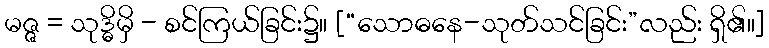
မဇ္ဇ = သုဒ္ဓိမှိ - စင်ကြယ်ခြင်း၌။ [“သောဓနေ-သုတ်သင်ခြင်း”လည်း ရှိ၏။]